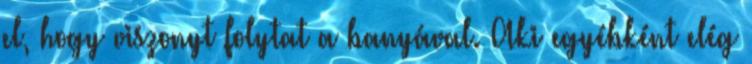
el, hogy viszonyt folytat a banyával. Aki egyébként elég